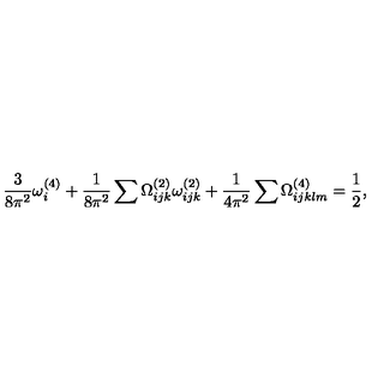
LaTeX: \frac { 3 } { 8 \pi ^ { 2 } } \omega _ { i } ^ { ( 4 ) } + \frac { 1 } { 8 \pi ^ { 2 } } \sum \Omega _ { i j k } ^ { ( 2 ) } \omega _ { i j k } ^ { ( 2 ) } + \frac { 1 } { 4 \pi ^ { 2 } } \sum \Omega _ { i j k l m } ^ { ( 4 ) } = \frac { 1 } { 2 } ,